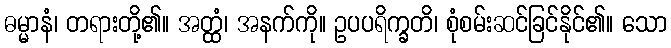
ဓမ္မာနံ၊ တရားတို့၏။ အတ္ထံ၊ အနက်ကို။ ဥပပရိက္ခတိ၊ စုံစမ်းဆင်ခြင်နိုင်၏။ သော